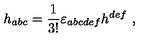
h _ { a b c } = { \frac { 1 } { 3 ! } } \varepsilon _ { a b c d e f } h ^ { d e f } \ ,